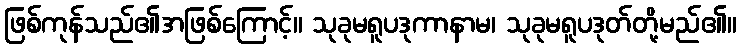
ဖြစ်ကုန်သည်၏အဖြစ်ကြောင့်။ သုခုမရူပဒုကာနာမ၊ သုခုမရူပဒုတ်တို့မည်၏။